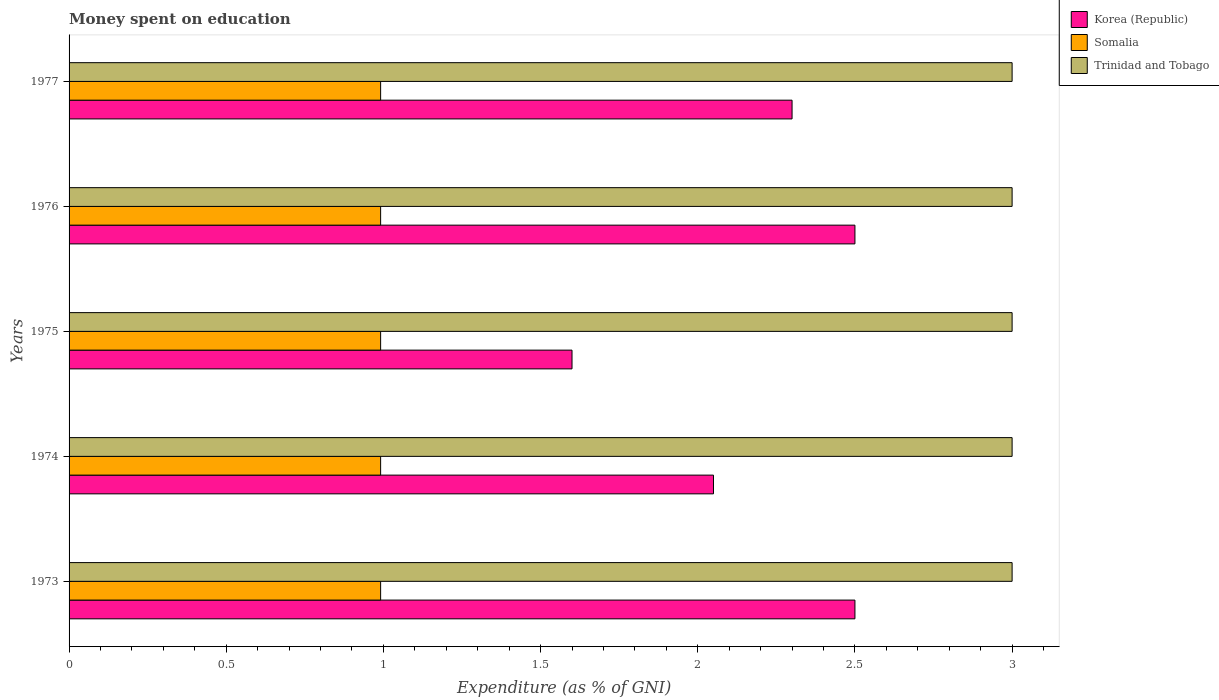
| Years | Korea (Republic) | Somalia | Trinidad and Tobago |
 | --- | --- | --- | --- |
 | 1973 | 2.5 | 0.991 | 3 |
 | 1974 | 2.05 | 0.991 | 3 |
 | 1975 | 1.6 | 0.991 | 3 |
 | 1976 | 2.5 | 0.991 | 3 |
 | 1977 | 2.3 | 0.991 | 3 |